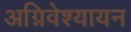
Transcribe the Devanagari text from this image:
अग्निवेश्यायन